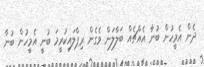
ދެން އެމީހުން ބުނާ އެއްޗެއް ބަލާލަން ވެގެން ރިޕްލައިކުރީމަ ބުނީ އެމީހުން ބުނާ